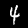
Digit: 4